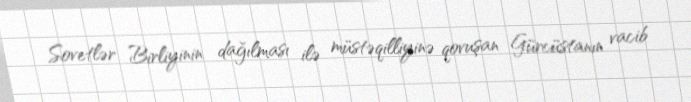
Sovetlər Birliyinin dağılması ilə müstəqilliyinə qovuşan Gürcüstanın vacib